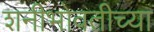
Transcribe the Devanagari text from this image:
शनीभोवतीच्या